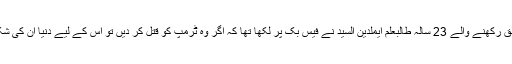
مصر سے تعلق رکھنے والے 23 سالہ طالبعلم ایملدین السید نے فیس بک پر لکھا تھا کہ اگر وہ ٹرمپ کو قتل کر دیں تو اس کے لیے دنیا ان کی شکرگزار ہوگی۔